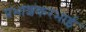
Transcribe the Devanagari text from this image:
प्रभाशंकरभाई